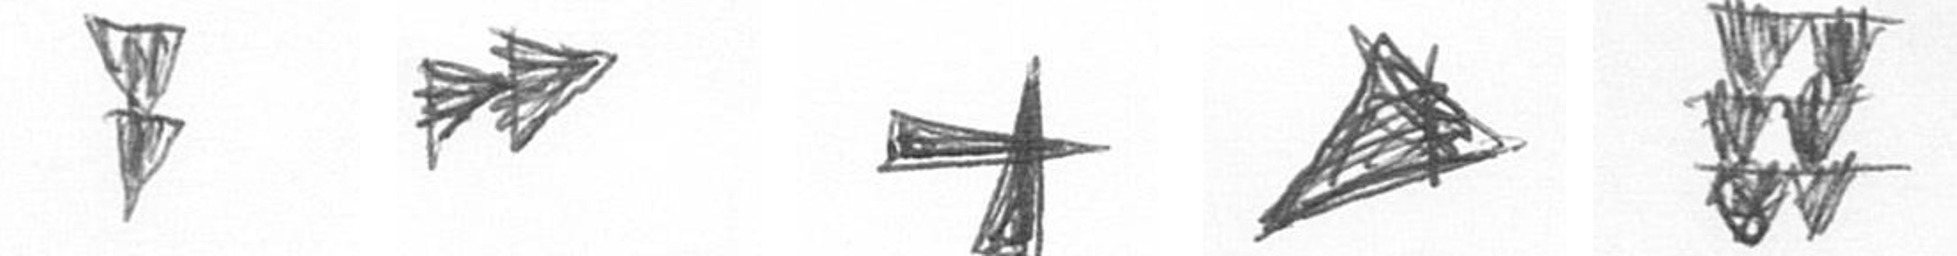
Z A G O Y